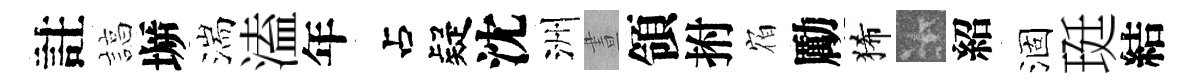
註諄󶱲湍溘年疑沈洲晝領拊𪧐勵狶卡紹涸珽結